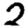
Digit: 2